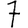
Digit: 7